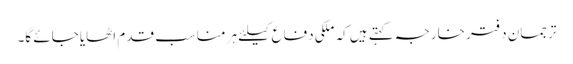
ترجمان دفتر خارجہ کہتے ہیں کہ ملکی دفاع کیلئے ہر مناسب قدم اٹھایا جائے گا۔